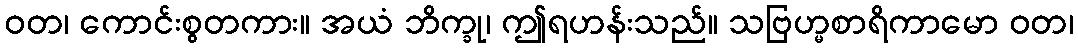
ဝတ၊ ကောင်းစွတကား။ အယံ ဘိက္ခု၊ ဤရဟန်းသည်။ သဗြဟ္မစာရိကာမော ဝတ၊